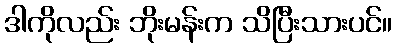
ဒါကိုလည်း ဘိုးမန်းက သိပြီးသားပင်။